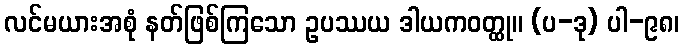
လင်မယားအစုံ နတ်ဖြစ်ကြသော ဥပဿယ ဒါယကဝတ္ထု။ (ပ-ဒု) ပါ-၉၈၊